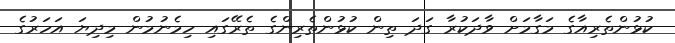
ކުޅުންތެރިއާގެ މަގާމަށް ވާދަކުރާ ގަދަ ތިން ކުޅުންތެރިންގެ ތެރޭގައި ހިމެނުމުން މިދިޔަ އަހަރުގެ